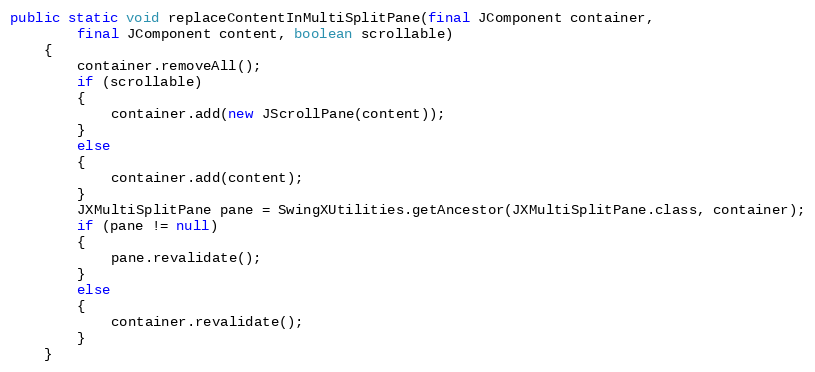
Language: Java
public static void replaceContentInMultiSplitPane(final JComponent container,
		final JComponent content, boolean scrollable)
	{
		container.removeAll();
		if (scrollable)
		{
			container.add(new JScrollPane(content));
		}
		else
		{
			container.add(content);
		}
		JXMultiSplitPane pane = SwingXUtilities.getAncestor(JXMultiSplitPane.class, container);
		if (pane != null)
		{
			pane.revalidate();
		}
		else
		{
			container.revalidate();
		}
	}